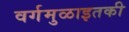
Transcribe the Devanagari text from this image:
वर्गमुळाइतकी